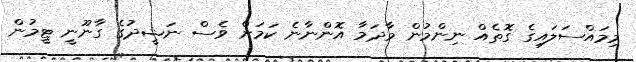
މިމައްސަލައިގެ ގޮތެއް ނިންމުން މާދަމާ އޮންނާނެ ކަމަށް ވެސް ނަޝީދުގެ ގާނޫނީ ޓީމުން